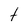
Character: t